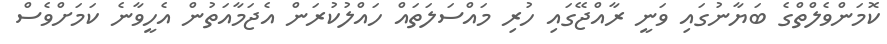
ކޮމަންވެލްތްގެ ބަޔާނުގައި ވަނީ ރާއްޖޭގައި ހުރި މައްސަލަތައް ހައްލުކުރަން އެޖަމާއަތުން އެހީވާނެ ކަމަށްވެސް